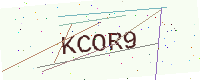
Text: KCOR9